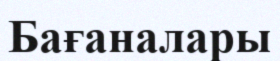
Бағаналары